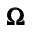
{ \pmb \Omega }